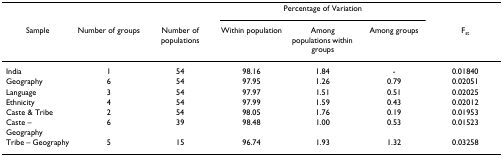
<table><thead><tr><td></td><td></td><td></td><td colspan="3"><b>Percentage of Variation</b></td><td></td></tr><tr><td><b>Sample</b></td><td><b>Number of groups</b></td><td><b>Number of populations</b></td><td><b>Within population</b></td><td><b>Among populations within groups</b></td><td><b>Among groups</b></td><td><b>F<sub>st</sub></b></td></tr></thead><tbody><tr><td>India</td><td>1</td><td>54</td><td>98.16</td><td>1.84</td><td>-</td><td>0.01840</td></tr><tr><td>Geography</td><td>6</td><td>54</td><td>97.95</td><td>1.26</td><td>0.79</td><td>0.02051</td></tr><tr><td>Language</td><td>3</td><td>54</td><td>97.97</td><td>1.51</td><td>0.51</td><td>0.02025</td></tr><tr><td>Ethnicity</td><td>4</td><td>54</td><td>97.99</td><td>1.59</td><td>0.43</td><td>0.02012</td></tr><tr><td>Caste &amp; Tribe</td><td>2</td><td>54</td><td>98.05</td><td>1.76</td><td>0.19</td><td>0.01953</td></tr><tr><td>Caste – Geography</td><td>6</td><td>39</td><td>98.48</td><td>1.00</td><td>0.53</td><td>0.01523</td></tr><tr><td>Tribe – Geography</td><td>5</td><td>15</td><td>96.74</td><td>1.93</td><td>1.32</td><td>0.03258</td></tr></tbody></table>